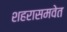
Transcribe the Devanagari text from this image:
शहरासमवेत